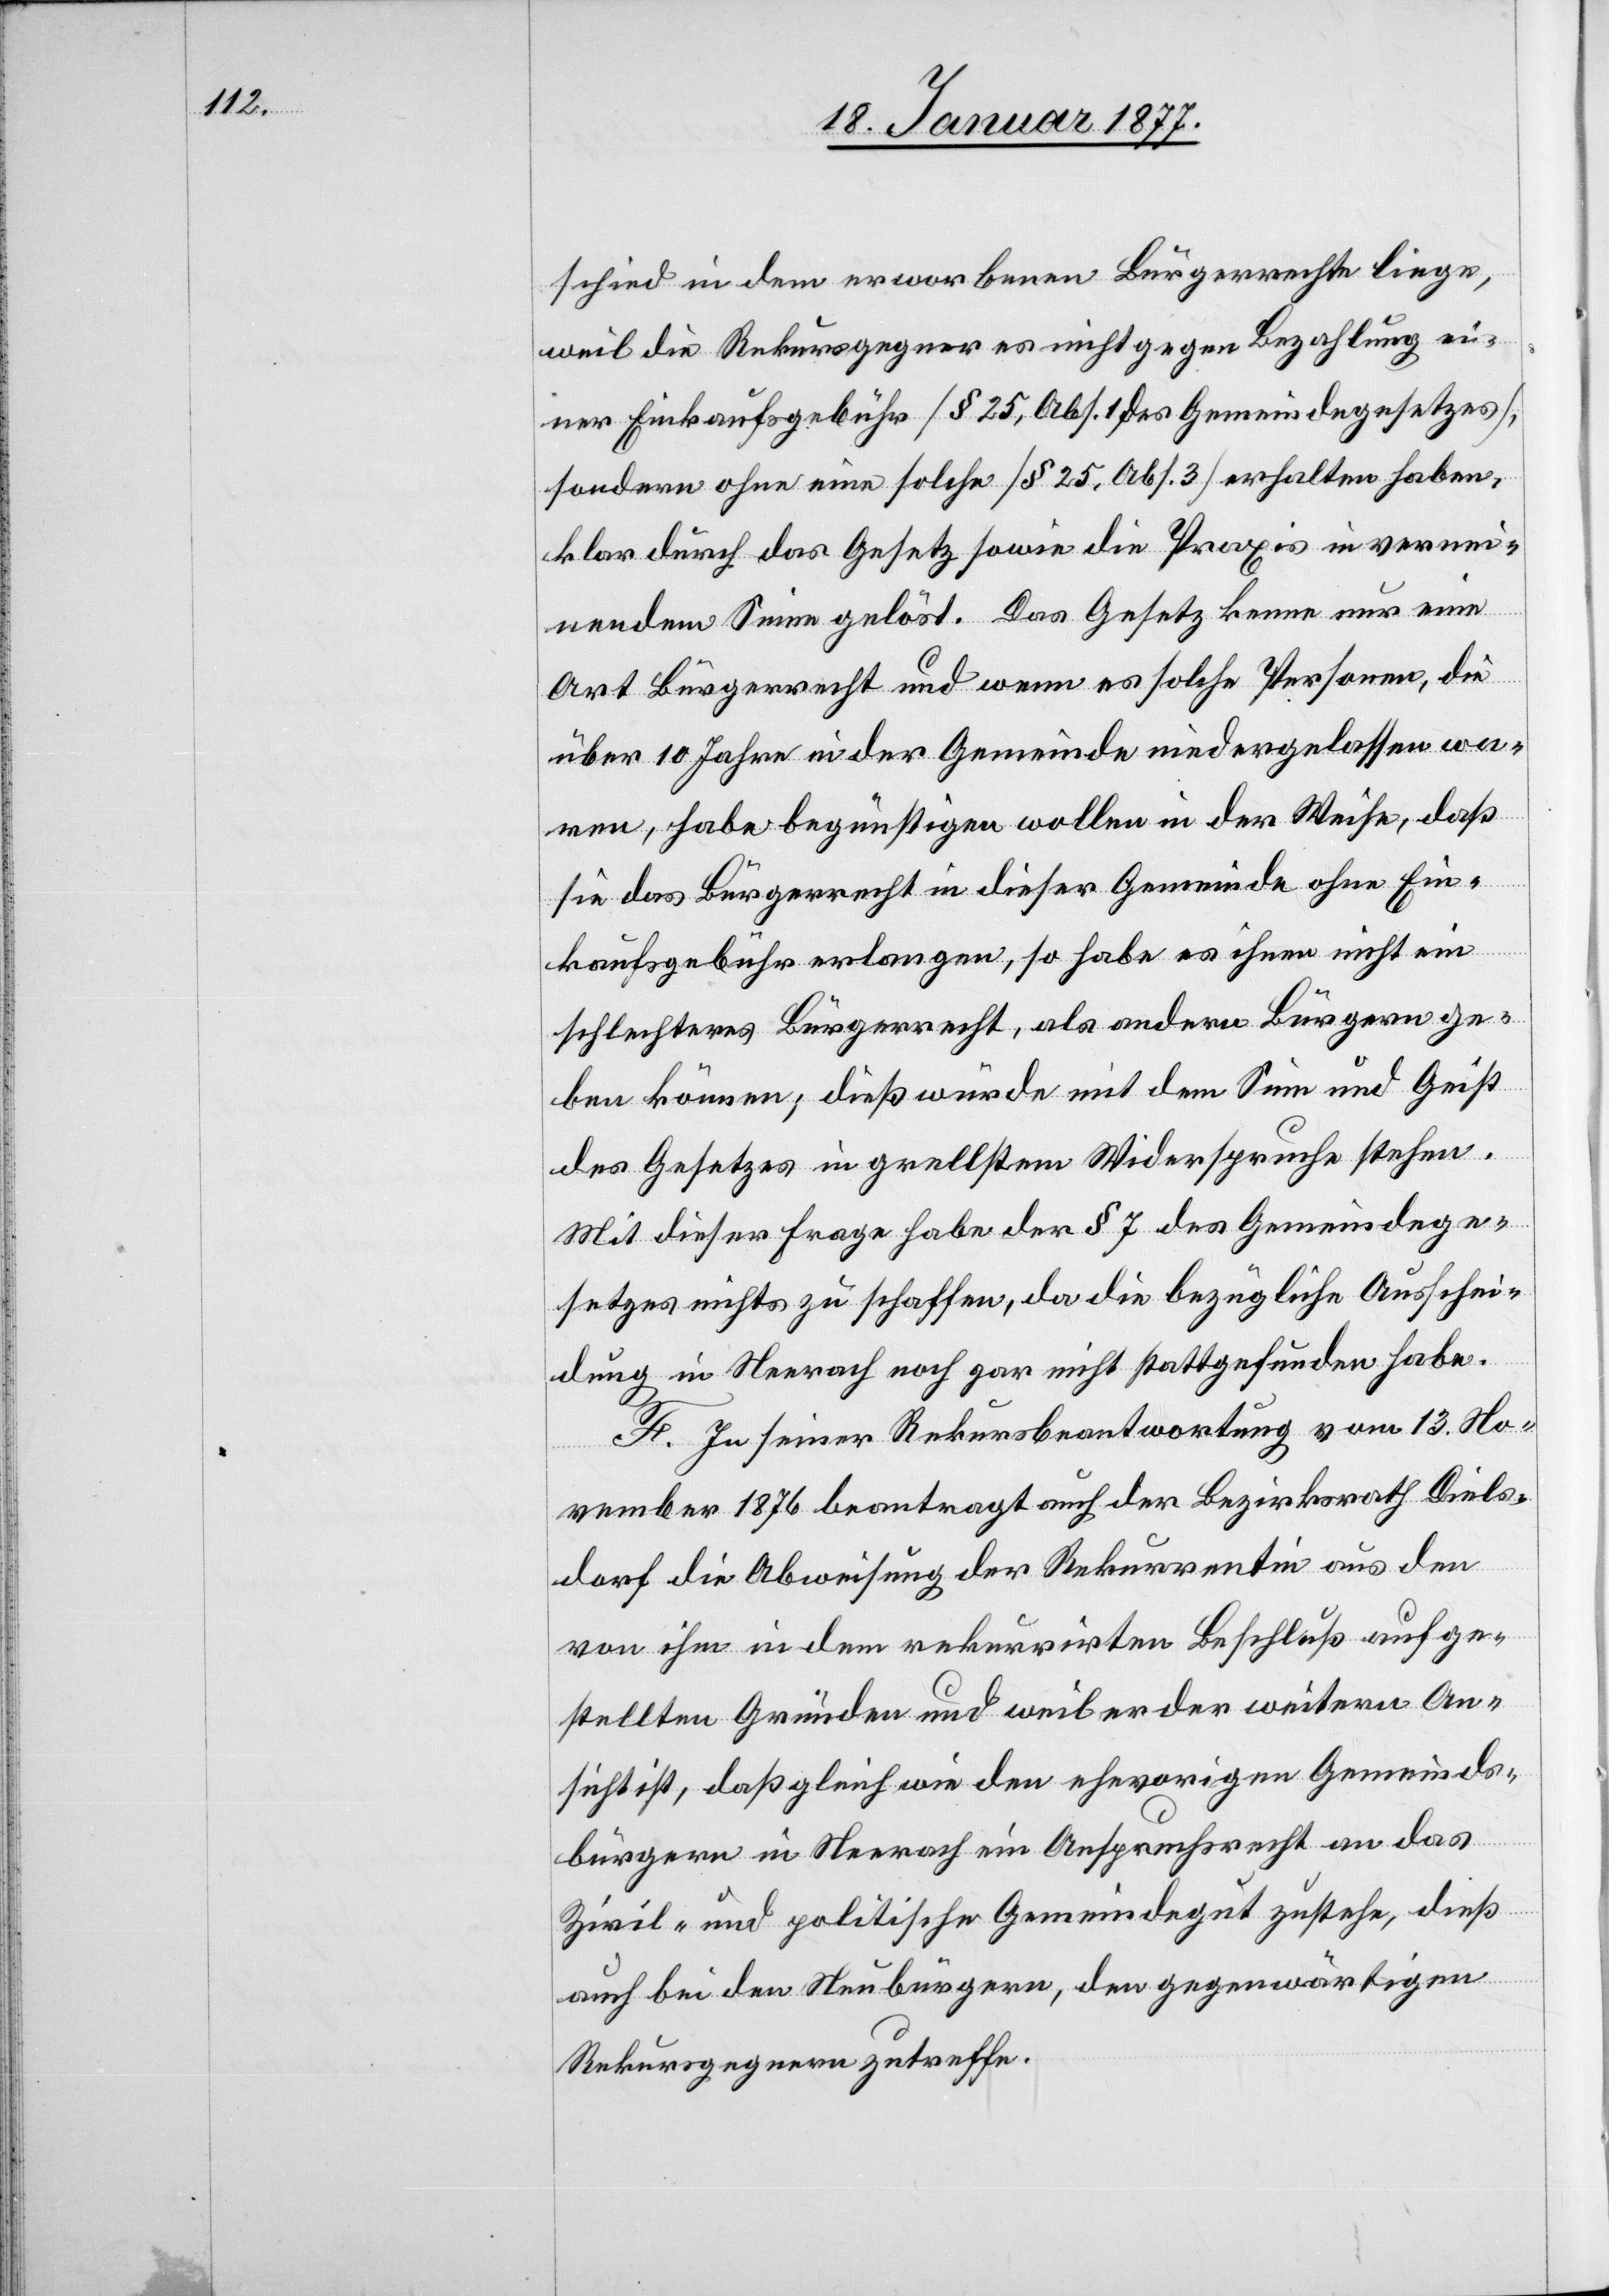
schied in dem erworbenen Bürgerrechte liege
weil die Rekursgegner es nicht gegen Bezahlung ei¬
ner Einkaufsgebühr [§ 25, Abs. 1 des Gemeindegesetzes],
sondern ohne eine solche [§ 25, Abs. 3] erhalten haben,
klar durch das Gesetz sowie die Praxis in vernei¬
nendem Sinne gelöst. Das Gesetz kenne nur eine
Art Bürgerrecht und wenn es solche Personen, die
über 10 Jahre in der Gemeinde niedergelassen wa¬
ren, habe begünstigen wollen in der Weise, daß
sie das Bürgerrecht in dieser Gemeinde ohne Ein¬
kaufsgebühr erlangen, so habe es ihnen nicht ein
schlechteres Bürgerrecht, als andern Bürgern ge¬
ben können; dieß würde mit dem Sinn und Geist
des Gesetzes in grellstem Widerspruch stehen.
Mit dieser Frage habe der § 7 des Gemeindege¬
setzes nichts zu schaffen, da die bezügliche Ausschei¬
dung in Neerach noch gar nicht stattgefunden habe.
F. In seiner Rekursbeantwortung vom 13. No¬
vember 1876 beantragt auch der Bezirksrath Diels¬
dorf die Abweisung der Rekurrentin aus den
von ihm in dem rekurrirten Beschluß aufge¬
stellten Gründen und weil er der weitern An¬
sicht ist, daß gleich wie den ehevorigen Gemeinds¬
bürgern in Neerach ein Anspruchsrecht an das
Zivil- und politische Gemeindegut zustehe, dieß
auch bei den Neubürgern, den gegenwärtigen
Rekursgegnern zutreffe.